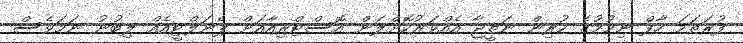
ފުރަތަމަ ހާފް ނިމުމުގެ ކުރިން ނަތީޖާ އެއްވަރުކޮށްލަން އޮސްޓްރިއާއަށް ޕެނަލްޓީއެއް ލިބުނު ނަމަވެސް